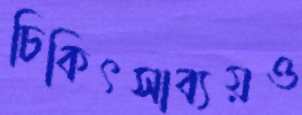
চিকিৎসাব্যয়ও